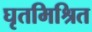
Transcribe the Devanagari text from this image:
घृतमिश्रित